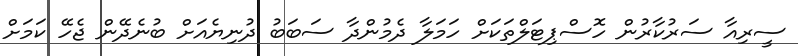
ސީރިއާ ސަރުކާރުން ހޮސްޕިޓަލްތަކަށް ހަމަލާ ދެމުންދާ ސަބަބު ދުނިޔެއަށް ބުނެދޭން ޖެހޭ ކަމަށް